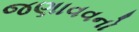
જણાવવનો